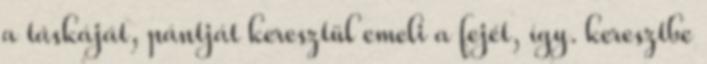
a táskáját, pántját keresztül emeli a fejét, így. keresztbe